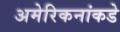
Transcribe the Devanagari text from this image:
अमेरिकनांकडे